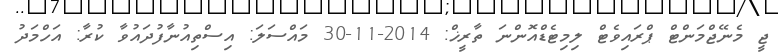
ޖީ މެނޭޖްމަންޓް ޕްރައިވެޓް ލިމިޓެޑްއޮންނަ ތާރީޚް: 2014-11-30 މައްސަލަ: އިސްތިއުނާފުދައުވާ ކުރާ: އަހްމަދު